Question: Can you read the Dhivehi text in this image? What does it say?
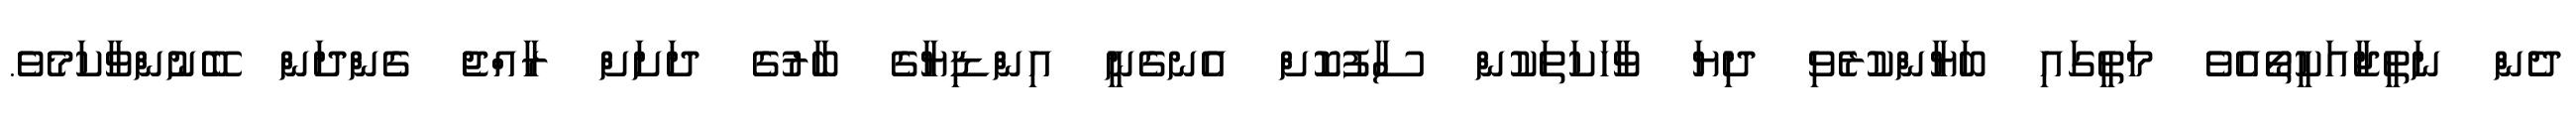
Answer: ދެން ނަތީޖާއަކީތޯއެވެ މަތީގައި ބަޔާންކުރެވި ދިޔަ ވާހަކަތަކުން ސާފުކޮށް އެނގެނީ އިންޑިޔާގެ ބާރުގެ ދަށަށް ރާއްޖެ ގެންދަން ބޭނުންވާކަމެވެ.